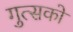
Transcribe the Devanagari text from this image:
गुत्सको